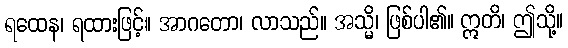
ရထေန၊ ရထားဖြင့်။ အာဂတော၊ လာသည်။ အသ္မိ၊ ဖြစ်ပါ၏။ ဣတိ၊ ဤသို့။